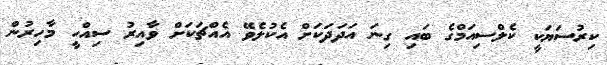
ކިރުސަޔަކީ ކެލްސިއަމްގެ ބައި ގިނަ އަދަދަކަށް އެކުލެވޭ އެއްޗަކަށް ވާއިރު ސިއްހީ މާހިރުން